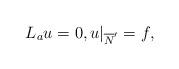
LaTeX: \begin{align*} L_au=0, u|_{\overline{N}'}=f,\end{align*}